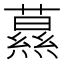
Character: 𦿌